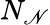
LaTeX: N_{\mathscr{N}}